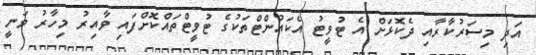
އަދި މިސަރުކާރާއި ދެކޮޅަށް އެ ޓުވީޓު އެކައުންޓްތަކުގެ ޓުވީޓްތައްކޮށްފައި ވާއިރު މިހާރު ވަނީ